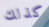
كذلك